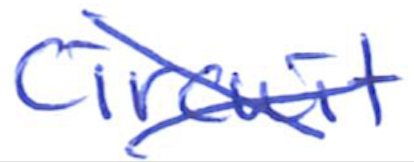
Text: Circuit
Cross-out: cross
Writing tool: ballpoint